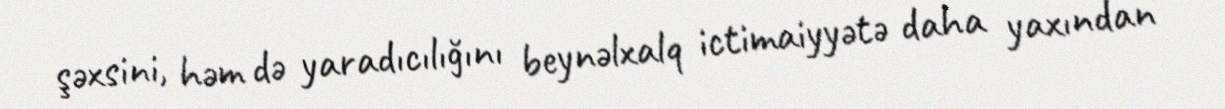
şəxsini, həm də yaradıcılığını beynəlxalq ictimaiyyətə daha yaxından